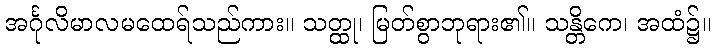
အင်္ဂုလိမာလမထေရ်သည်ကား။ သတ္ထု၊ မြတ်စွာဘုရား၏။ သန္တိကေ၊ အထံ၌။